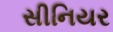
સીનિયર